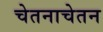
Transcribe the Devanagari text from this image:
चेतनाचेतन